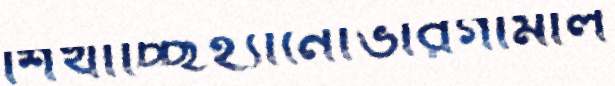
শিখাচ্ছিহ্যানোভারগামীল